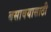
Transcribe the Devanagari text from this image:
बसावयासाठी